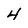
Character: 4